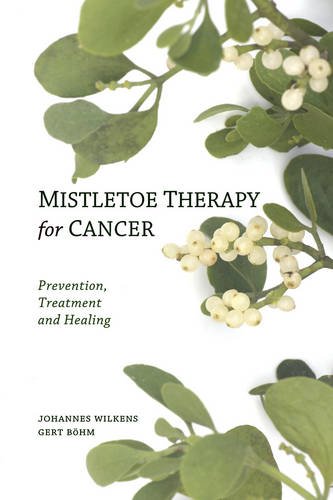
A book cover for Mistletoe Therapy for Cancer: Prevention, Treatment, and Healing; Johannes, Dr. Wilkens; Health, Fitness & Dieting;